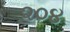
૨૦૪